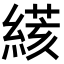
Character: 𦃮